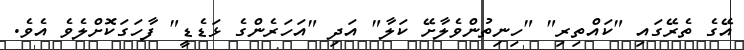
އޭގެ ތެރޭގައި "ކައްތިރި" "ހިނިތުންވެލާށޭ ކަލާ" އަދި "އަހަރެންގެ ޅަޑެޑީ" ފާހަގަކޮށްލެވެ އެވެ.